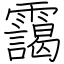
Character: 靄